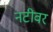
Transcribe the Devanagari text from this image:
नटीवर